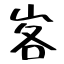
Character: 峉